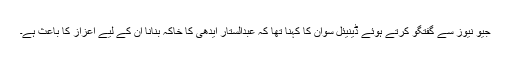
جیو نیوز سے گفتگو کرتے ہوئے ڈینیئل سوان کا کہنا تھا کہ عبدالستار ایدھی کا خاکہ بنانا ان کے لیے اعزاز کا باعث ہے۔